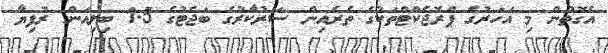
އެގޮތުން މި އަހަރުގެ ޕްރޮޖެކްޓްތަކުގެ ތެރެއިން ސަރުކާރުގެ ބަޖެޓުގެ 1.5 ބިލިއަން ރުފިޔާ